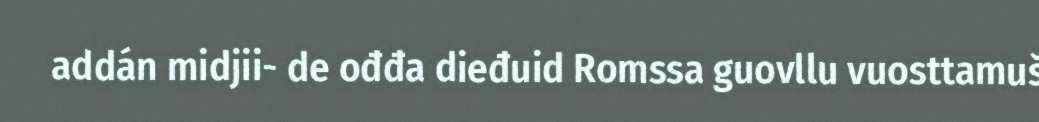
addán midjii- de ođđa dieđuid Romssa guovllu vuosttamuš